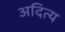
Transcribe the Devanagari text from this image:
अदित्य